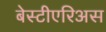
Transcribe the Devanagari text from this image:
बेस्टीएरिअस